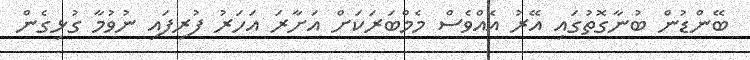
ބޭންޑުން ބުނާގޮތުގައި އޭރު އެއްވެސް މެމްބަރަކަށް އަށާރަ އަހަރު ފުރިފައި ނުވުމާ ގުޅިގެން